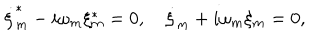
LaTeX: \dot { \xi } _ { m } ^ { \ast } - i \omega _ { m } \xi _ { m } ^ { \ast } = 0 , \quad \dot { \xi } _ { m } + i \omega _ { m } \xi _ { m } = 0 ,